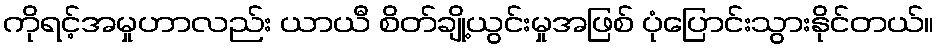
ကိုရင့်အမှုဟာလည်း ယာယီ စိတ်ချို့ယွင်းမှုအဖြစ် ပုံပြောင်းသွားနိုင်တယ်။